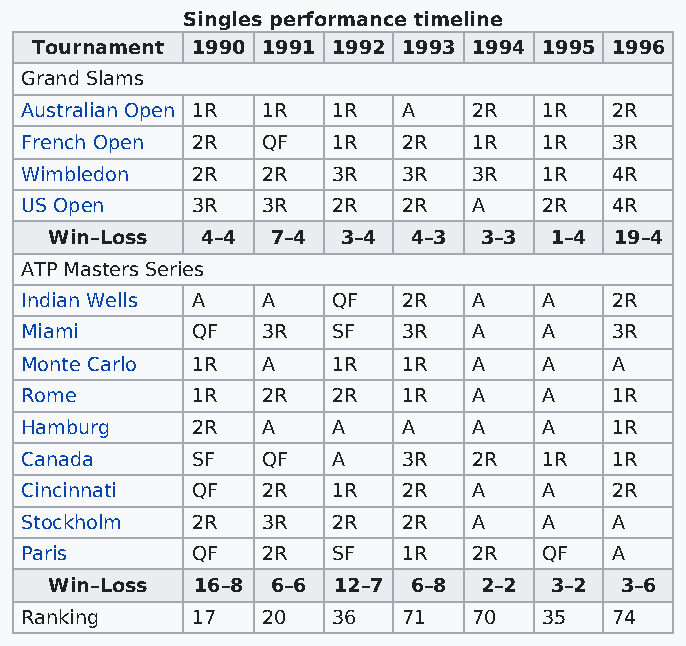
Singles performance timeline
 Tournament 1990 1991 1992 1993 1994 1995 1996
 Grand Slams
 Australian Open 1R 1R 1R  A   2R   1R  2R
 French Open 2R  QF   1R   2R  1R   1R  3R
 Wimbledon   2R  2R   3R   3R  3R   1R  4R
 US Open     3R  3R   2R   2R  A    2R  4R
 Win–Loss  4–4  7–4  3–4 4–3  3–3 1–4  19–4
 ATP Masters Series
 Indian Wells A  A    QF   2R  A    A   2R
 Miami       QF  3R   SF   3R  A    A   3R
 Monte Carlo 1R  A    1R   1R  A    A   A
 Rome        1R  2R   2R   1R  A    A   1R
 Hamburg     2R  A    A    A   A    A   1R
 Canada      SF  QF   A    3R  2R   1R  1R
 Cincinnati  QF  2R   1R   2R  A    A   2R
 Stockholm   2R  3R   2R   2R  A    A   A
 Paris       QF  2R   SF   1R  2R   QF  A
 Win–Loss  16–8 6–6 12–7 6–8  2–2 3–2  3–6
 Ranking     17  20   36   71  70   35  74